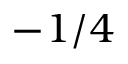
- 1 / 4